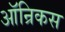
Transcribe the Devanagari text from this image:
ऑन्रिकस